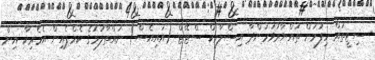
ސިޓީތައް ހިފުމަށް ތައްޔާރުވަމުންދާ އިސްލާމިކް ސްޓޭޓް (އައިއެސް) ނައްތާލުމުގެ ކެމްޕެއިން އެމެރިކާ އިން